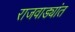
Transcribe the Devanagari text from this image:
राजवाड्यांत